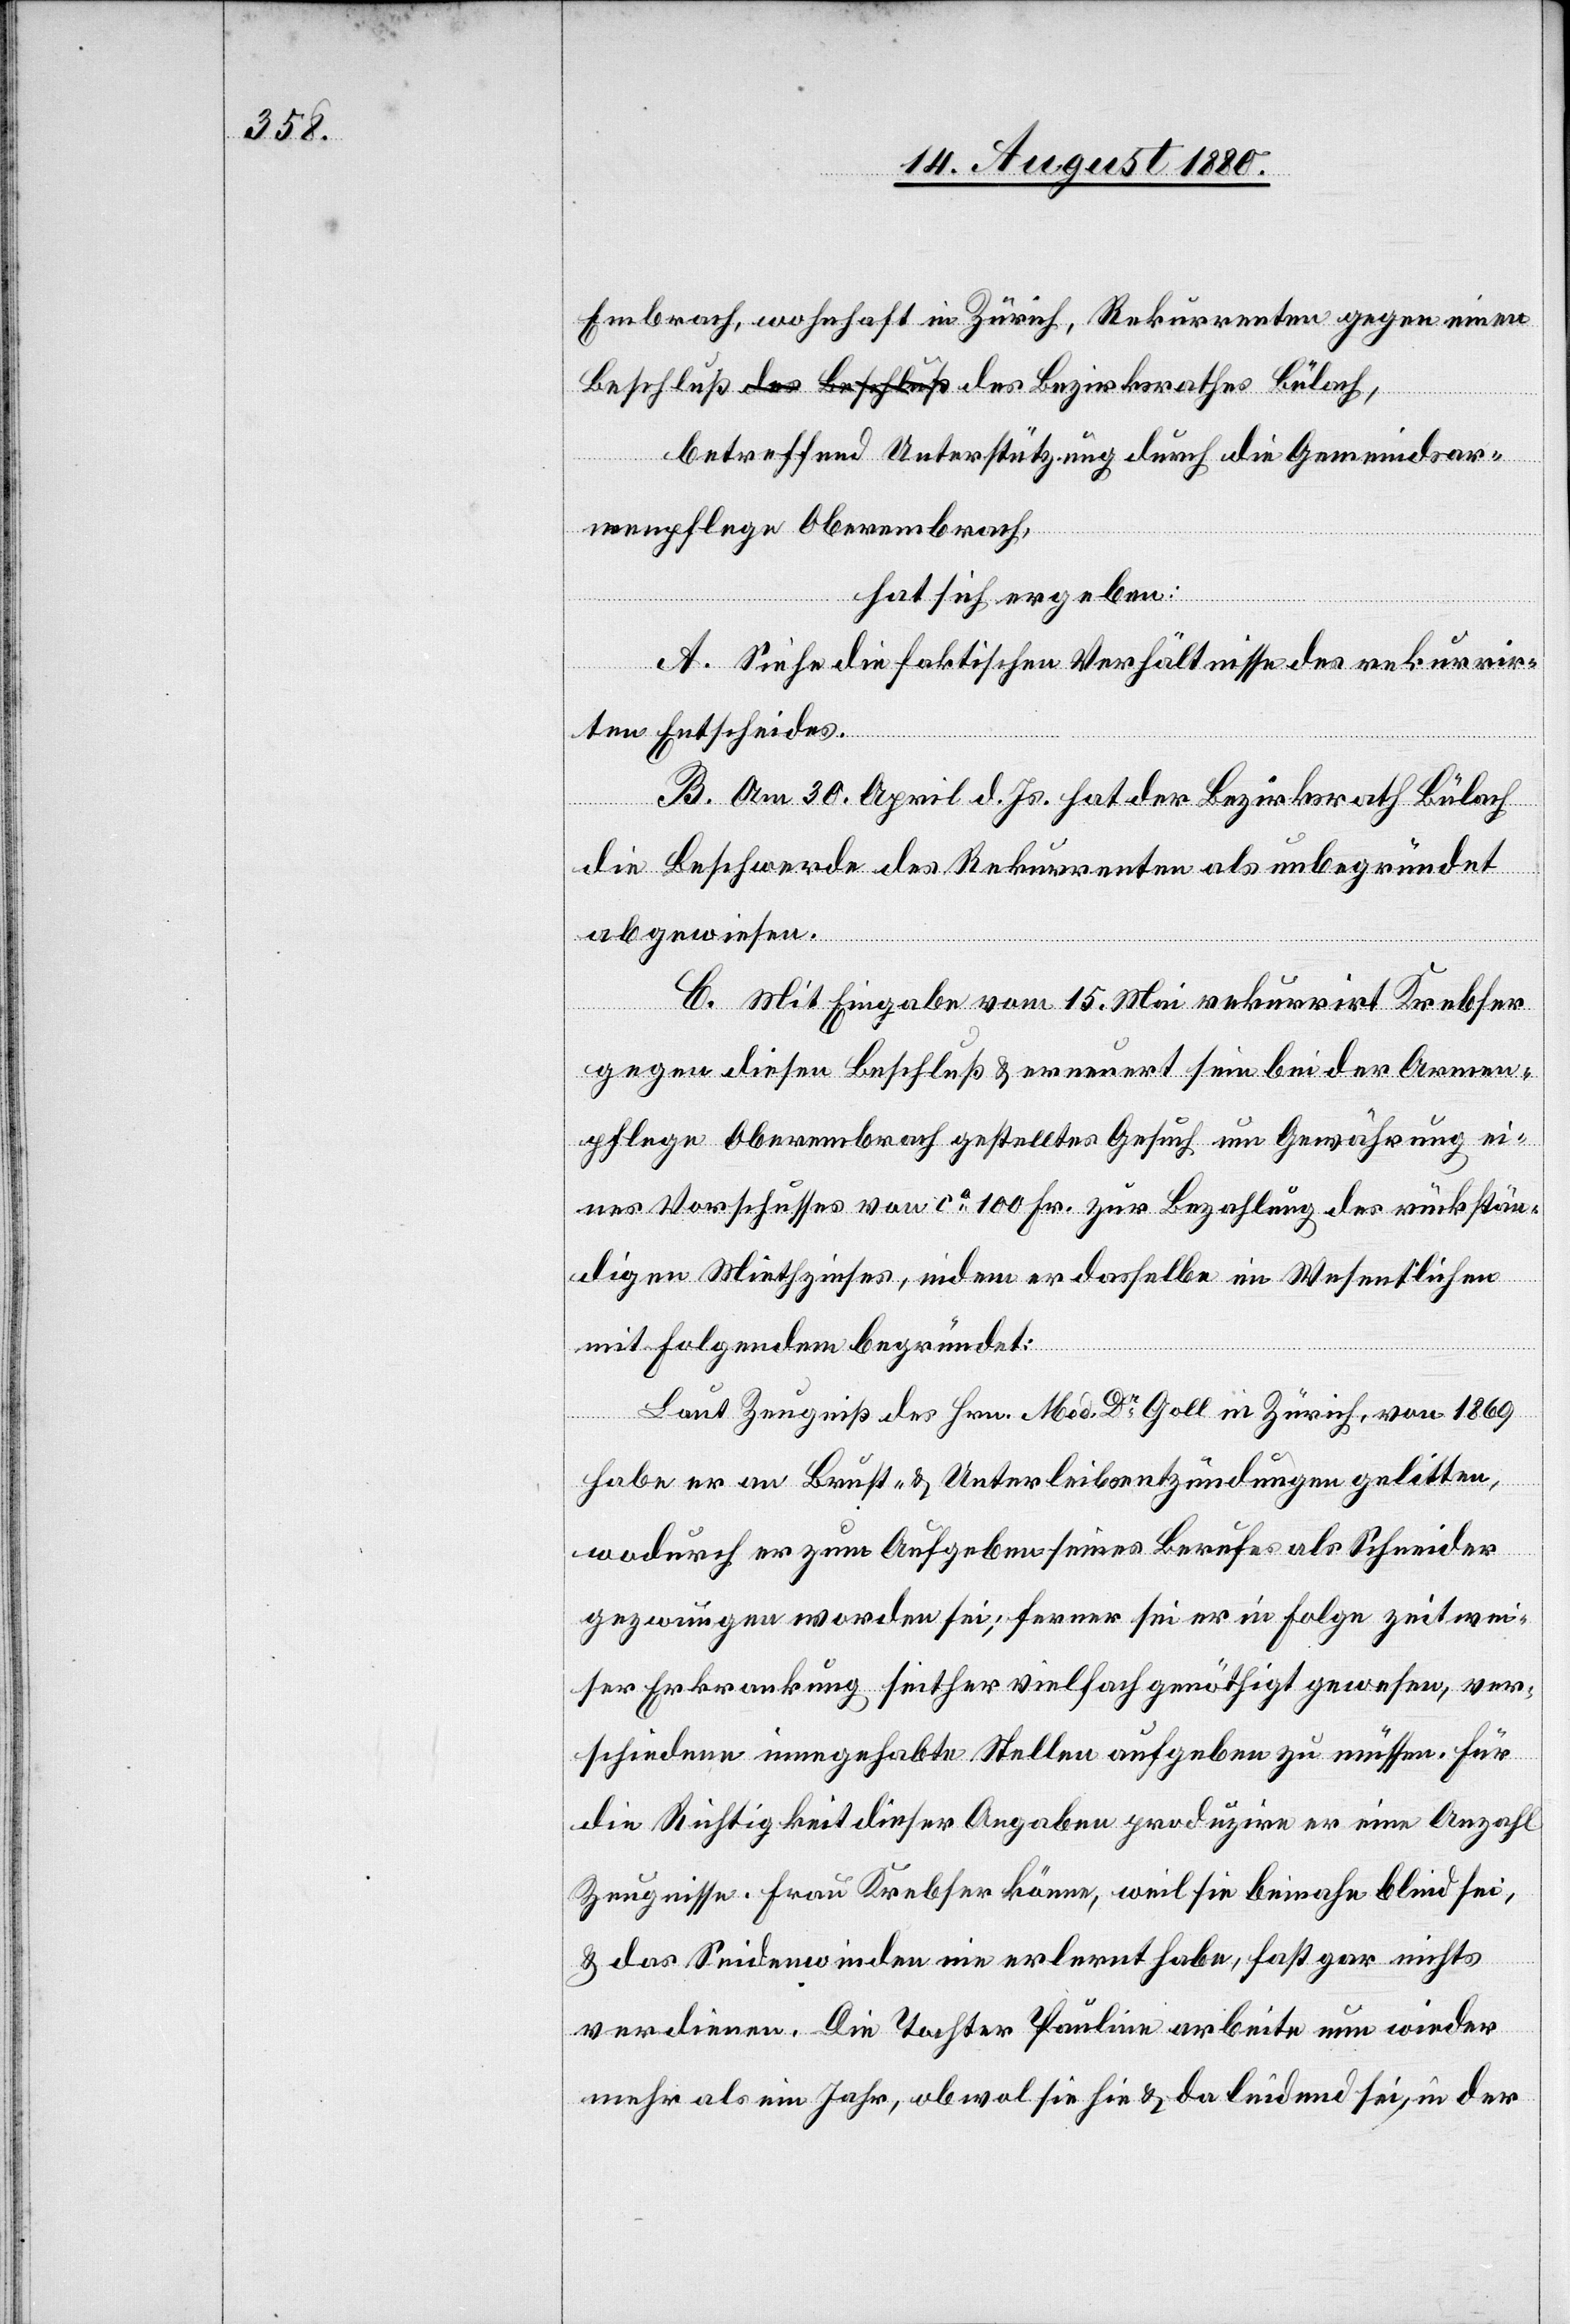
Embrach, wohnhaft in Zürich, Rekurrenten gegen einen
betreffend Unterstützung durch die Gemeindear¬
menpflege Oberembrach,
hat sich ergeben:
Bülach,
A. Siehe die faktischen Verhältnisse des rekurrir¬
ten Entscheides.
B. Am 30. April d. Js. hat der Bezirksrath Bülach
die Beschwerde des Rekurrenten als unbegründet
abgewiesen.
C. Mit Eingabe vom 15. Mai rekurrirt Krebser
gegen diesen Beschluß & erneuert sein bei der Armen¬
pflege Oberembrach gestelltes Gesuch um Gewährung ei¬
nes Vorschusses von ca 100 Fr. zur Bezahlung des rückstän¬
digen Miethzinses, indem er dasselbe im Wesentlichen
mit Folgendem begründet:
Laut Zeugniß des Hrn. Med. Dr Goll in Zürich, von 1869
habe er an Brust- & Unterleibsentzündungen gelitten,
wodurch er zum Aufgeben seines Berufes als Schneider
gezwungen worden sei, ferner sei er in Folge zeitwei¬
ser Erkrankung seither vielfach genöthigt gewesen, ver¬
schiedene innegehabte Stellen aufgeben zu müssen. Für
die Richtigkeit dieser Angaben produzire er eine Anzahl
Zeugnisse. Frau Krebser könne, weil sie beinahe blind sei
& das Seidenwinden nie erlernt habe, fast gar nichts
verdienen. Die Tochter Pauline arbeite nun wieder
mehr als ein Jahr, obwol sie hie & da leidend sei, in der